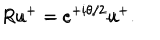
LaTeX: R u ^ { + } = e ^ { + i \theta / 2 } u ^ { + } \hspace { 1 c m } R u ^ { - } = e ^ { - i \theta / 2 } u ^ { - } .